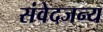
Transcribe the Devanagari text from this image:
संवेदजन्य